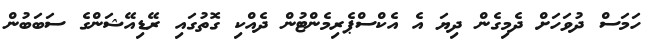
ހަމަސް ދުވަހަށް ދެމިގެން ދިޔަ އެ އެކްސްޕެރިމެންޓުން ދެއްކި ގޮތުގައި ރޭޑިއޭޝަންގެ ސަބަބުން